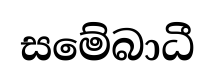
සමේබාධී